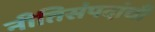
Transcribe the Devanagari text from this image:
नीतिसंपदांची